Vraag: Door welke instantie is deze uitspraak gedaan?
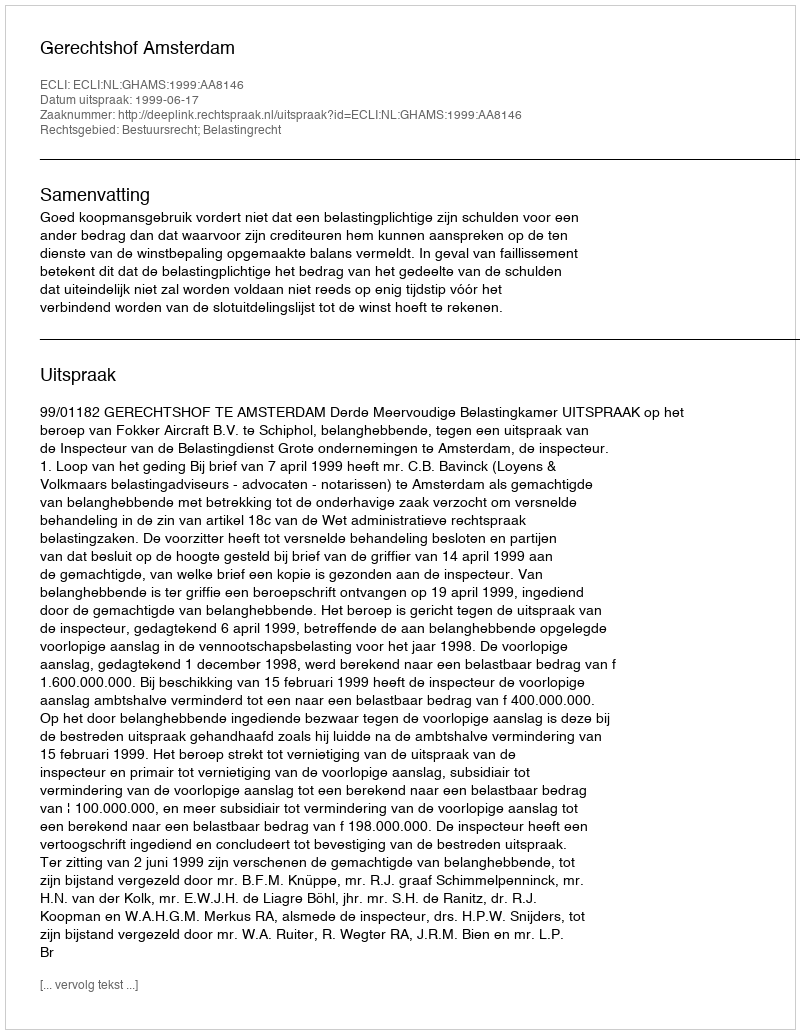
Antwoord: Gerechtshof Amsterdam